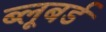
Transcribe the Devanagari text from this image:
ब्लूबर्ड